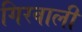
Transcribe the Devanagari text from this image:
गिरवाली